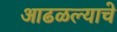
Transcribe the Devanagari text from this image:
आढळल्याचे